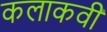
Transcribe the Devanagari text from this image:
कलाकवी